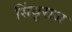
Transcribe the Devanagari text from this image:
सिंधूराज